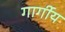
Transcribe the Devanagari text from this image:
गार्गीय